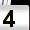
Digit: 4